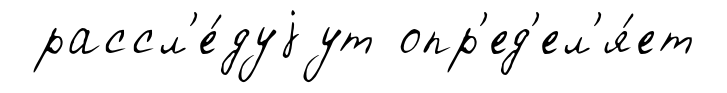
рассл'е́дуjут опр'ед'ел'я́ет